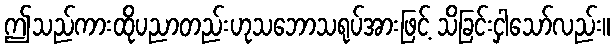
ဤသည်ကားထိုပညာတည်းဟုသဘောသရုပ်အားဖြင့် သိခြင်းငှါသော်လည်း။